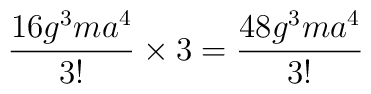
\frac{16g^{3}ma^{4}}{3!}\times 3=\frac{48g^{3}ma^{4}}{3!}